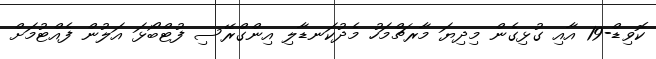
ކޮވިޑް-19 އާއި ގުޅިގެން މިދިޔަ މާރޗްމަހު މެދުކަނޑާލި އިންގްރޭސި ފުޓްބޯޅަ އަލުން ފެއްޓުމަށް